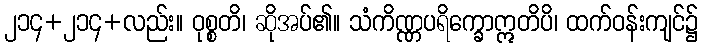
၂၁၄+၂၁၄+လည်း။ ဝုစ္စတိ၊ ဆိုအပ်၏။ သံကိဏ္ဏပရိက္ခောဣတိပိ၊ ထက်ဝန်းကျင်၌